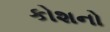
કોશનો